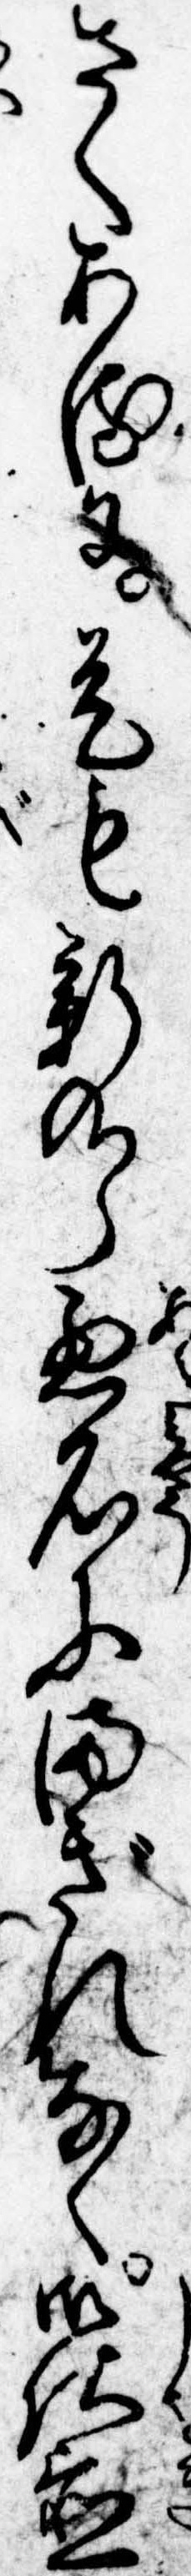
さくあるに是も新九郎悪名にまぎれなく御仕置